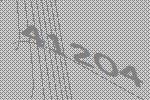
41204